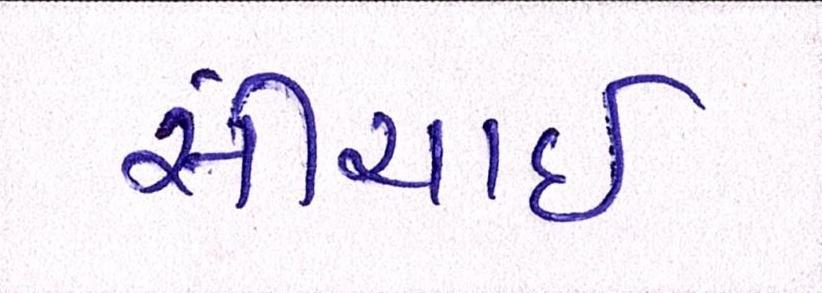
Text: સીંચાઇ